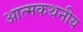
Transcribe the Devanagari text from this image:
आत्मकथनीय